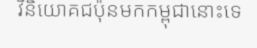
វិនិយោគជប៉ុនមកកម្ពុជានោះទេ